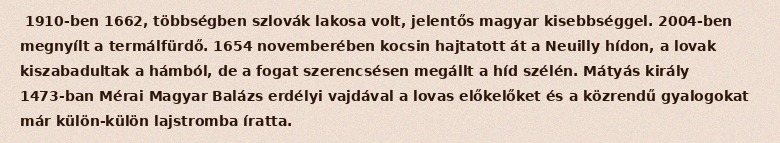
1910-ben 1662, többségben szlovák lakosa volt, jelentős magyar kisebbséggel. 2004-ben megnyílt a termálfürdő. 1654 novemberében kocsin hajtatott át a Neuilly hídon, a lovak kiszabadultak a hámból, de a fogat szerencsésen megállt a híd szélén. Mátyás király 1473-ban Mérai Magyar Balázs erdélyi vajdával a lovas előkelőket és a közrendű gyalogokat már külön-külön lajstromba íratta.